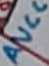
Text: AVCC